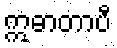
ဣဓာတာပီ